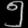
Digit: ၅